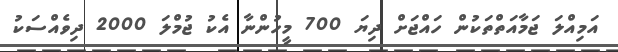
އަމިއްލަ ޖަމާއަތްތަކުން ހައްޖަށް ދިޔަ 700 މީހުންނާ އެކު ޖުމްލަ 2000 ދިވެއްސަކު